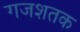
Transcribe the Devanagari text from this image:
गजशतक